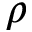
\rho